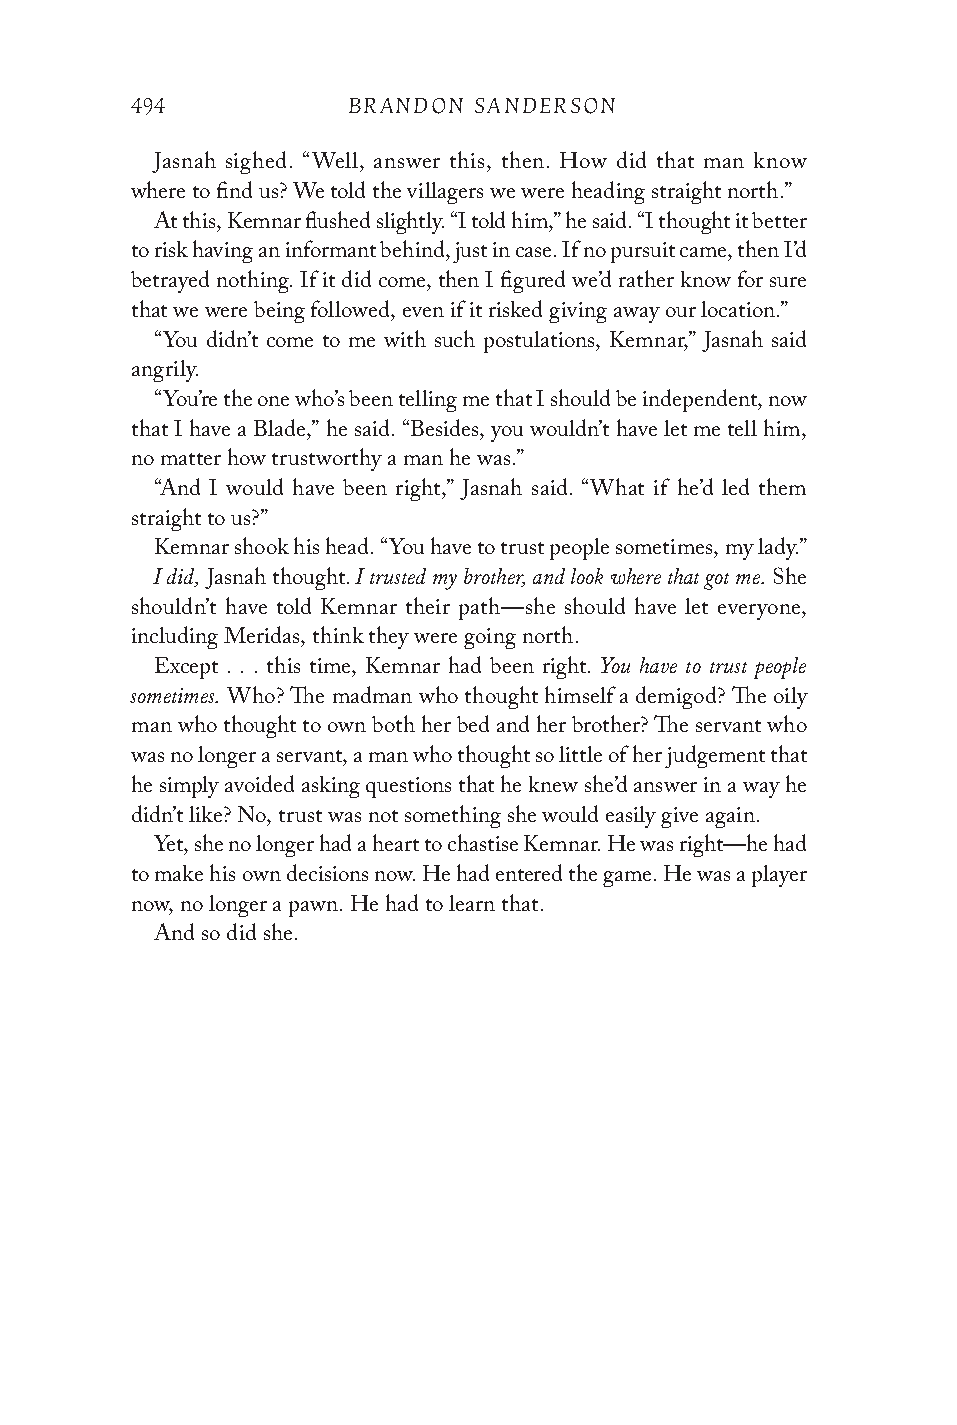
494           BRANDON SANDERSON
 Jasnah sighed. “Well, answer this, then. How did that man know
 where to find us? We told the villagers we were heading straight north.”
 At this, Kemnar flushed slightly. “I told him,” he said. “I thought it better
 to risk having an informant behind, just in case. If no pursuit came, then I’d
 betrayed nothing. If it did come, then I figured we’d rather know for sure
 that we were being followed, even if it risked giving away our location.”
 “You didn’t come to me with such postulations, Kemnar,” Jasnah said
 angrily.
 “You’re the one who’s been telling me that I should be independent, now
 that I have a Blade,” he said. “Besides, you wouldn’t have let me tell him,
 no matter how trustworthy a man he was.”
 “And I would have been right,” Jasnah said. “What if he’d led them
 straight to us?”
 Kemnar shook his head. “You have to trust people sometimes, my lady.”
 I did,        I trusted my brother, and look where that got me.
 Jasnah thought.                      She
 shouldn’t have told Kemnar their path—she should have let everyone,
 including Meridas, think they were going north.
 You have to trust people
 Except . . . this time, Kemnar had been right.
 sometimes.
 Who? The madman who thought himself a demigod? The oily
 man who thought to own both her bed and her brother? The servant who
 was no longer a servant, a man who thought so little of her judgement that
 he simply avoided asking questions that he knew she’d answer in a way he
 didn’t like? No, trust was not something she would easily give again.
 Yet, she no longer had a heart to chastise Kemnar. He was right—he had
 to make his own decisions now. He had entered the game. He was a player
 now, no longer a pawn. He had to learn that.
 And so did she.